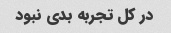
در کل تجربه بدی نبود